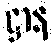
ဋ္ဌာန